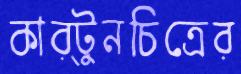
কার্টুনচিত্রের